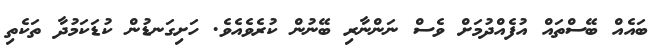
ބައެއް ބޭސްތައް އުފެއްދުމަށް ވެސް ނަންނާރި ބޭނުން ކުރެވެއެވެ. ހަށިގަނޑުން ކުޑަކަމުދާ ތަކެތި